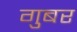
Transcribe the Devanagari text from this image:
गुबर